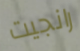
رانجيت